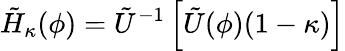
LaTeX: \tilde{H}_{\kappa}(\phi)=\tilde{U}^{-1}\left[\tilde{U}(\phi)(1-\kappa)\right]